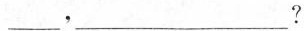
___。___?